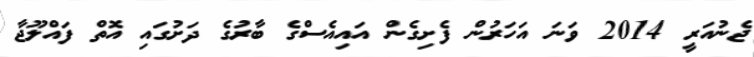
ޖެނުއަރީ 2014 ވަނަ އަހަރުން ފެށިގެން އައިއެސްގެ ބާރުގެ ދަށުގައި އޮތް ފައްލޫޖާ